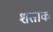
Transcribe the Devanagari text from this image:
शताक